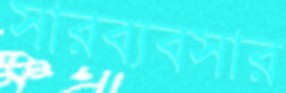
সারব্যবসার